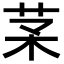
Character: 𦬽